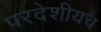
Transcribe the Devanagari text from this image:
परदेशीयच